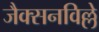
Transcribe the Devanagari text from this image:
जैक्सनविल्ले